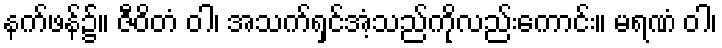
နက်ဖန်၌။ ဇီဝိတံ ဝါ၊ အသက်ရှင်အံ့သည်ကိုလည်းကောင်း။ မရဏံ ဝါ၊